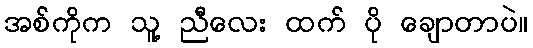
အစ်ကိုက သူ့ ညီလေး ထက် ပို ချောတာပဲ။